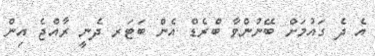
އެ ދެ ގައުމަށް ބޭނުންވާ ބްރެޑް އެން ބަޓަރ ދެނީ ރާއްޖެ އިން